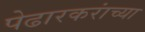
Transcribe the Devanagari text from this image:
पेढारकरांच्या